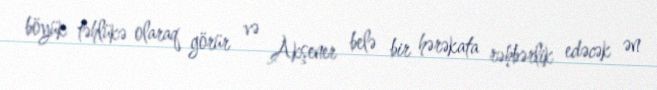
böyük təhlükə olaraq görür və Akşener belə bir hərəkata rəhbərlik edəcək ən